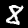
Digit: 8